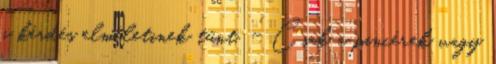
a kérdés elméletinek tűnt. - Csak a pincérek vagy